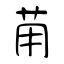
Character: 苚